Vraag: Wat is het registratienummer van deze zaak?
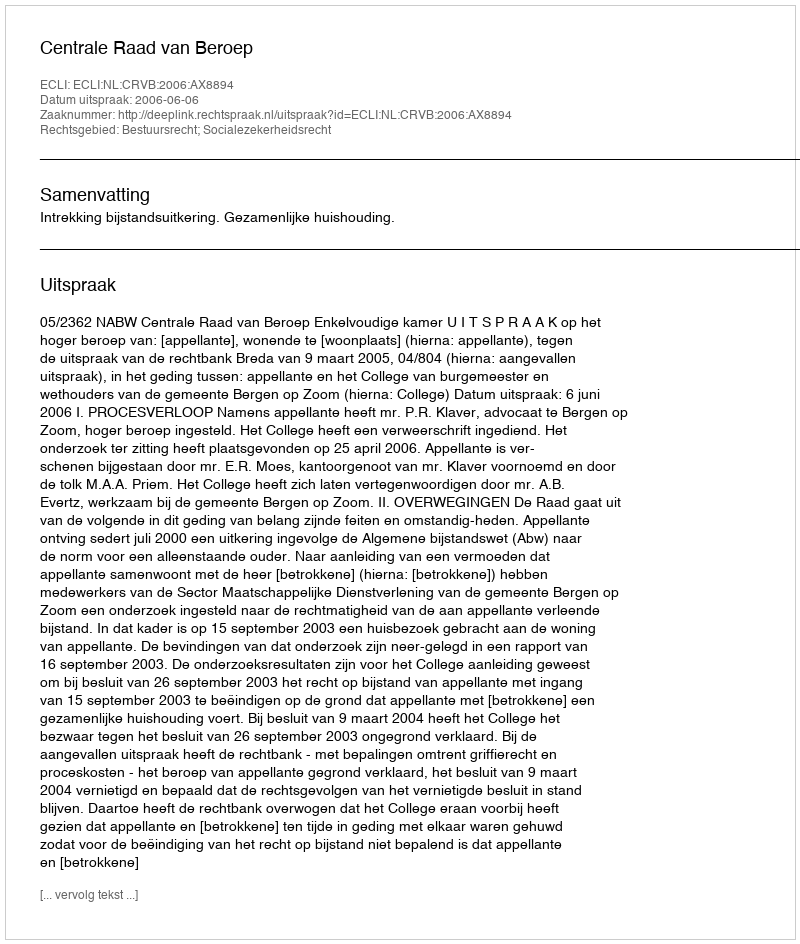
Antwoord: http://deeplink.rechtspraak.nl/uitspraak?id=ECLI:NL:CRVB:2006:AX8894